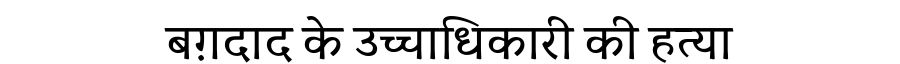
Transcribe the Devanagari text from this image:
बग़दाद के उच्चाधिकारी की हत्या